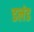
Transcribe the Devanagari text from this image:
डलंड